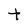
Character: t